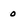
Character: 0